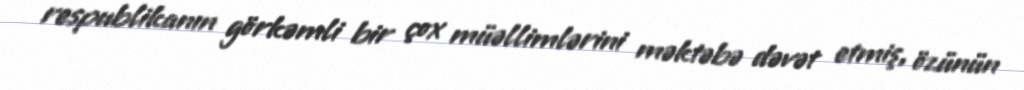
respublikanın görkəmli bir çox müəllimlərini məktəbə dəvət etmiş, özünün